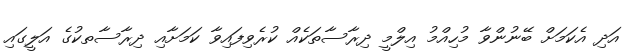
އަދި އެކަމަށް ބޭނުންވާ މުހިއްމު އިލްމީ ދިރާސާތަކެއް ކުރެވިފައިވާ ކަމަށާއި ދިރާސާތކުގެ އަލީގައި